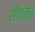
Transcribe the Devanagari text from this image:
शीततर